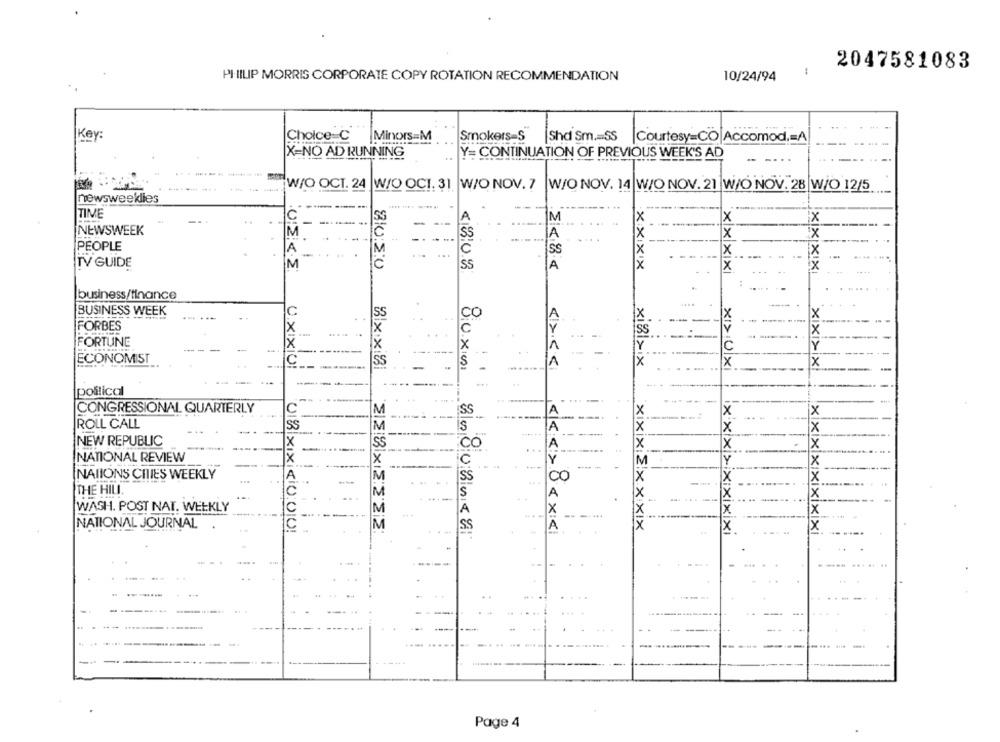
2047581083
PHILIP MORRIS CORPORATE COPY ROTATION RECOMMENDATION
10/24/94
Key:
Choice .C Minors M
Smokers=S
[Shd Sm .= SS
Courtesy=CO Accomod ,= A
X=NO AD RUNNING
Y= CONTINUATION OF PREVIOUS WEEK'S AD
....
W/O OCT. 24 W/O OCI. 31 W/O NOV. 7
W/O NOV. 14 W/O NOV. 21 W/O NOV. 28 W/O 12/5
newsweeklles
TIME
C
M
-
A
X
X
NEWSWEEK
SS
A
X
PEOPLE
...
C
ISS
TV GUIDE
M
UIKKE
C
SS
A
xxxIX
x
xxxx
xix|x!x
business/finance
BUSINESS WEEK
SS
CO
X
FORBES
SS
FORTUNE
X
Y
Y
ECONOMIST
SS
S
X
X
xixixix
U.XIXIO!
BIx.xİBi
<>> <<<
X1>Uxi
--
political
3333X833
CONGRESSIONAL QUARTERLY
SS
x
ROLL CALL
IS
X
NEW REPUBLIC
ČO
x
NATIONAL REVIEW
c
X
NATIONS CITIES WEEKLY
JSS
00
X
THE HILL.
S
A
X
WASH. POST NAT. WEEKLY
X
.....
NATIONAL JOURNAL
SS
UR XXXQU0
<<< >0xxx
xixix:2.xxxIX
xxx > xixixixi
Page 4